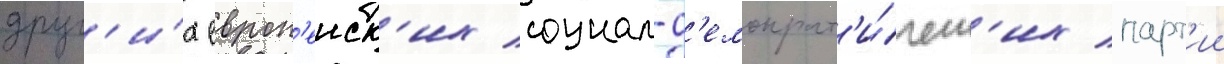
друг'и́х европ'еиск'их социал-д'емократ'и́ческ'их парт'ии